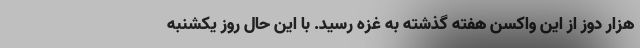
هزار دوز از این واکسن هفته گذشته به غزه رسید. با این حال روز یکشنبه